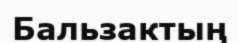
Бальзактың